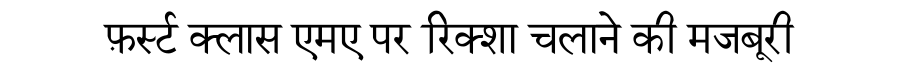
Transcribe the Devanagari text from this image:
फ़र्स्ट क्लास एमए पर रिक्शा चलाने की मजबूरी